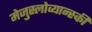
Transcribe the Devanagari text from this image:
मेजुस्लोव्यान्स्की